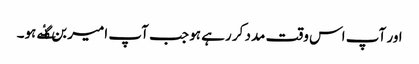
اور آپ اس وقت مدد کر رہے ہو جب آپ امیر بن گٸے ہو۔